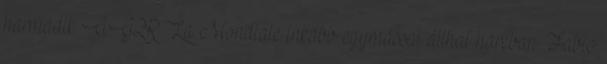
harmadik AG2R La Mondiale inkább egymással állhat harcban. Fabio